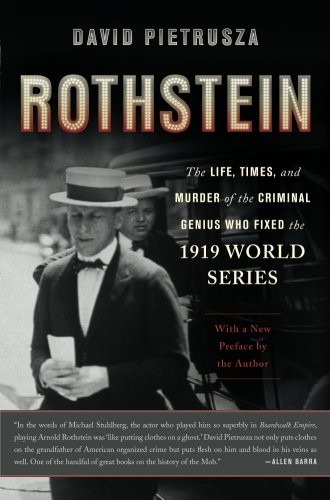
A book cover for Rothstein: The Life, Times, and Murder of the Criminal Genius Who Fixed the 1919 World Series; David Pietrusza; Biographies & Memoirs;